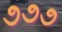
૭૭૭